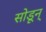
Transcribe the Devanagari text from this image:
सोडून्